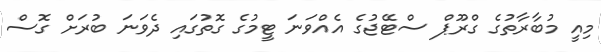
މިއީ މުބާރާތުގެ ގްރޫޕް ސްޓޭޖުގެ އެއްވަނަ ޓީމުގެ ގޮތުގައި ދެވަނަ ބުރަށް ގޮސް